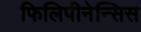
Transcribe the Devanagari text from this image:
फिलिपीनेन्सिस